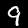
Label: 9